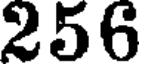
256